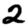
Digit: 2